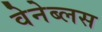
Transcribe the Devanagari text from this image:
वेनेब्लस